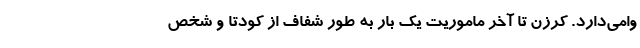
وامی‌دارد. کرزن تا آخر ماموریت یک بار به طور شفاف از کودتا و شخص